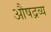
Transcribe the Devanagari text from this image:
औषद्रव्य